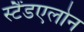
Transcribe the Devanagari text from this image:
स्टैंडएलोन